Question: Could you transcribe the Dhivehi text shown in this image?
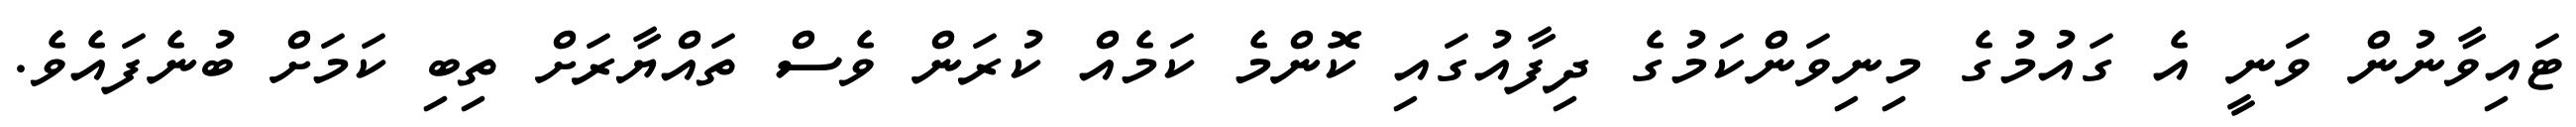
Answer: ޓައިވާނުން ވަނީ އެ ގައުމުގެ މިނިވަންކަމުގެ ދިފާއުގައި ކޮންމެ ކަމެއް ކުރަން ވެސް ތައްޔާރަށް ތިބި ކަމަށް ބުނެފައެވެ.